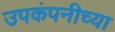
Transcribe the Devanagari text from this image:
उपकंपनीच्या